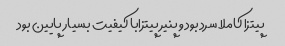
پیتزا کاملا سرد بود و پنیر پیتزابا کیفیت بسیار پایین بود